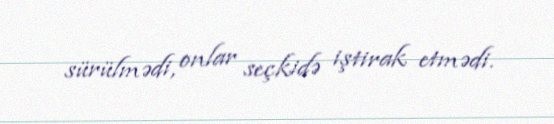
sürülmədi, onlar seçkidə iştirak etmədi.